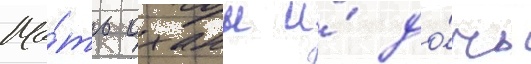
Ма́ть оханы и́ до́чь